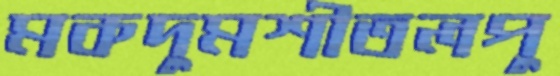
মকদুমশীতলপু